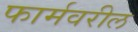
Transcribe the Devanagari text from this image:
फार्मवरील